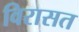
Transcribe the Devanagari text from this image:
विरासत